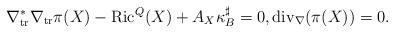
LaTeX: \begin{align*}\nabla_{\rm tr}^*\nabla_{\rm tr}\pi(X) - {\rm Ric}^Q(X) + A_{X}\kappa_B^\sharp =0,{\rm div}_\nabla(\pi(X))=0.\end{align*}